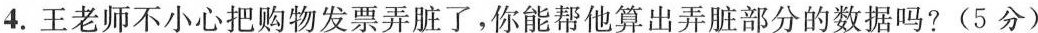
4.王老师不小心把购物发票弄脏了，你能帮他算出弄脏部分的数据吗?(5分)